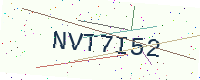
Text: NVT7I52